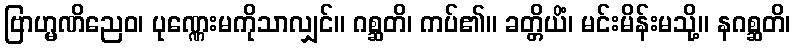
ဗြာဟ္မဏိညေဝ၊ ပုဏ္ဏေးမကိုသာလျှင်။ ဂစ္ဆတိ၊ ကပ်၏။ ခတ္တိယိံ၊ မင်းမိန်းမသို့။ နဂစ္ဆတိ၊